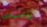
ياسيدى